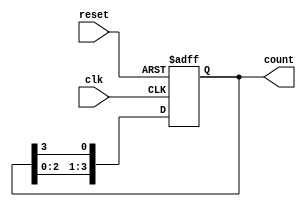
module ring_counter (
    input wire clk,           // Clock signal
    input wire reset,         // Reset signal
    output reg [3:0] count    // 4-bit output for the counter
);

// Initial state of the ring counter
initial begin
    count = 4'b0001; // Initialize to 0001
end

// Synchronous process for the ring counter
always @(posedge clk or posedge reset) begin
    if (reset) begin
        count <= 4'b0001; // Reset to initial state
    end else begin
        // Shift the '1' to the right
        count <= {count[2:0], count[3]}; // Rotate right
    end
end

endmodule